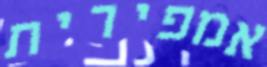
אמפירית